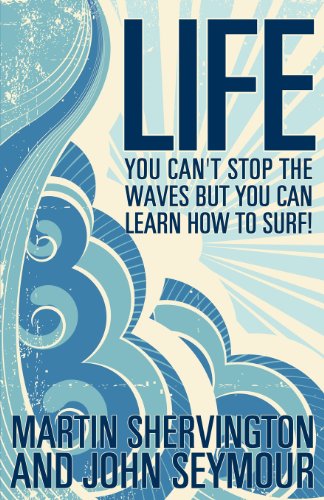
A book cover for Life: You Can't Stop the Waves But You Can Learn How to Surf!; Martin Shervington; Self-Help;